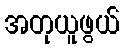
အတုယူဖွယ်